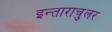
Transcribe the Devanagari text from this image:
इन्ताराचुलर